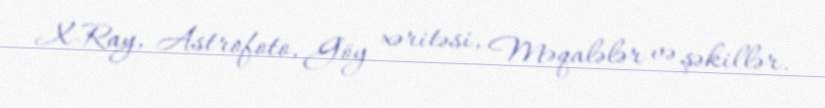
X-Ray, Astrofoto, Göy xəritəsi, Məqalələr və şəkillər.